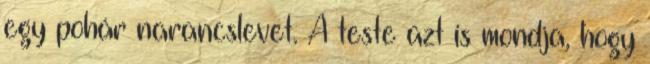
egy pohár narancslevet. A teste azt is mondja, hogy